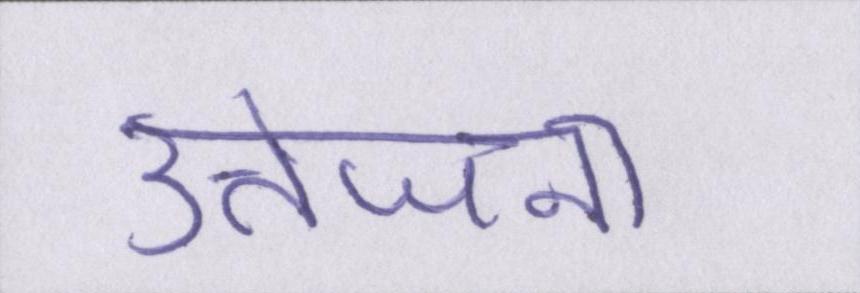
उत्तेजना